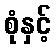
စုံနှင့်